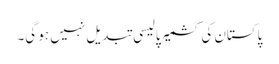
پاکستان کی کشمیر پالیسی تبدیل نہیں ہو گی۔